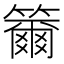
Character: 籋